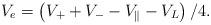
LaTeX: \begin{align*}V_{e} = \left( V_{+} + V_{-} - V_{\|} - V_{L} \right) / 4.\end{align*}